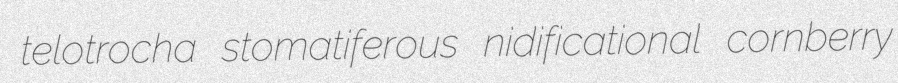
telotrocha stomatiferous nidificational cornberry